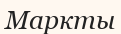
Маркты